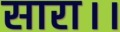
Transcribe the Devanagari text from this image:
सारा।।